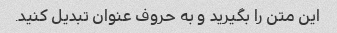
این متن را بگیرید و به حروف عنوان تبدیل کنید.